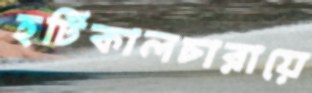
হর্টিকালচারায়ে